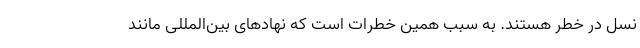
نسل در خطر هستند. به سبب همین خطرات است که نهادهای بین‌المللی مانند